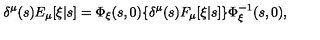
\delta ^ { \mu } ( s ) E _ { \mu } [ \xi | s ] = \Phi _ { \xi } ( s , 0 ) \{ \delta ^ { \mu } ( s ) F _ { \mu } [ \xi | s ] \} \Phi _ { \xi } ^ { - 1 } ( s , 0 ) ,